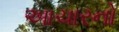
આચારનો